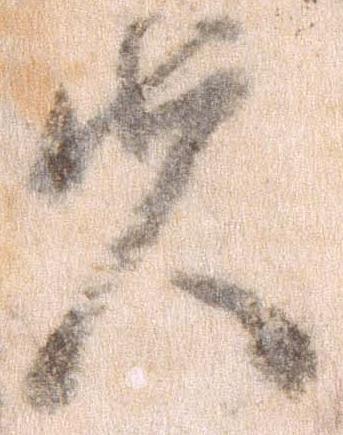
夫